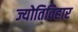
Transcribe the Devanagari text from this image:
ज्योतिविहार